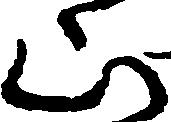
山